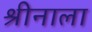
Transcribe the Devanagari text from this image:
श्रीनाला